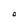
Character: O